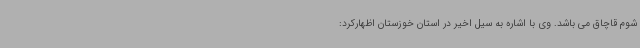
شوم قاچاق می باشد. وی با اشاره به سیل اخیر در استان خوزستان اظهارکرد: